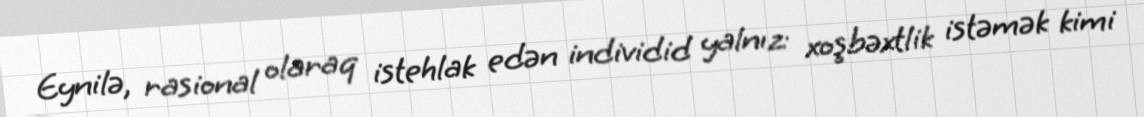
Eynilə, rasional olaraq istehlak edən individid yalnız: xoşbəxtlik istəmək kimi